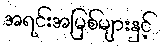
အရင်းအမြစ်များနှင့်